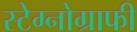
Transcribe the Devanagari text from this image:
स्टेग्नोग्राफी